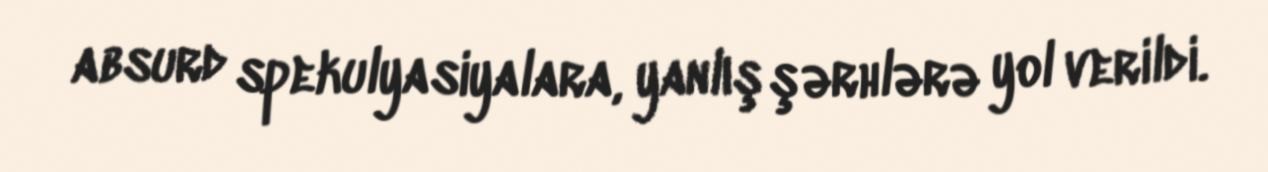
absurd spekulyasiyalara, yanlış şərhlərə yol verildi.